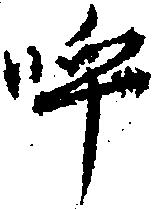
呼